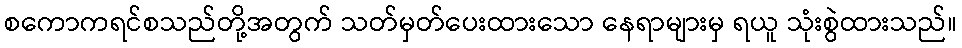
စကောကရင်စသည်တို့အတွက် သတ်မှတ်ပေးထားသော နေရာများမှ ရယူ သုံးစွဲထားသည်။